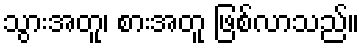
သွားအတူ၊ စားအတူ ဖြစ်လာသည်။